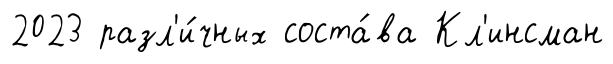
2023 разл'и́чных соста́ва Кл'инсман